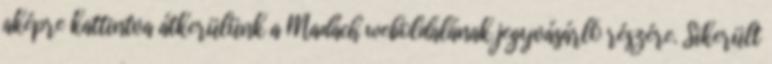
aképre kattintva átkerülünk a Madách weboldalának jegyvásárló részére. Sikerült